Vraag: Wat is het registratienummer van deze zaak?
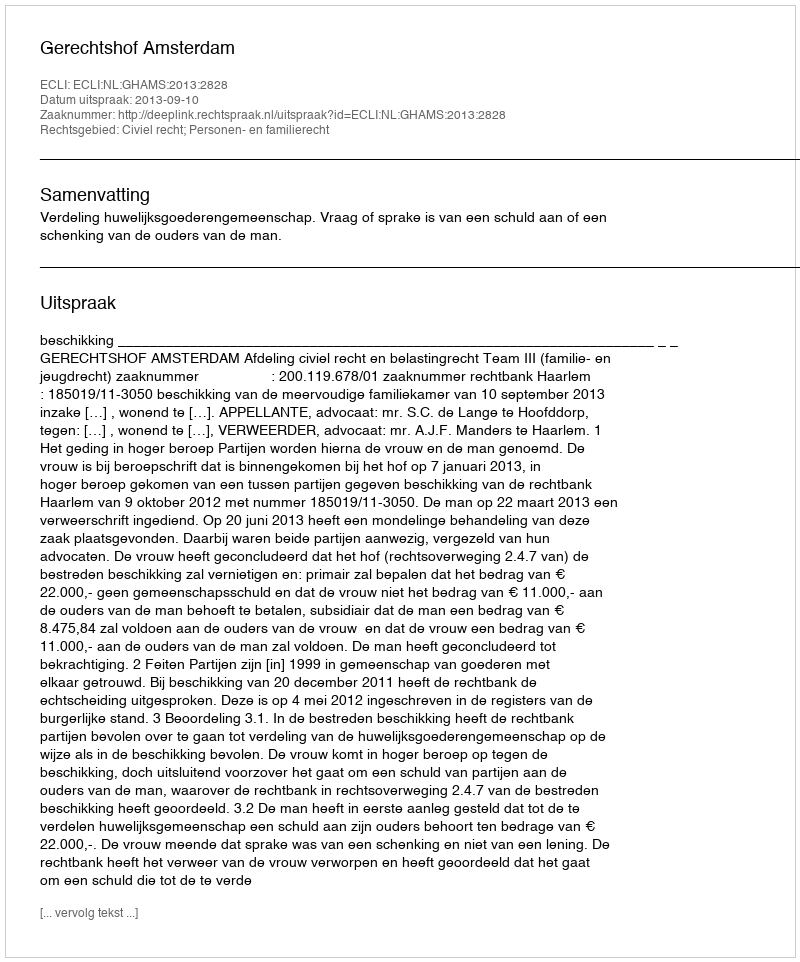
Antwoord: http://deeplink.rechtspraak.nl/uitspraak?id=ECLI:NL:GHAMS:2013:2828